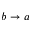
b \rightarrow a